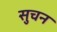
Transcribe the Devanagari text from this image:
सुचन